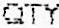
QTY